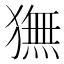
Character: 𬍇